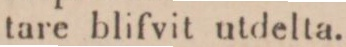
tare blifvit utdelta.